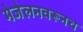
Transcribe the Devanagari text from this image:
मेजेलनवरूनच